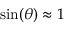
\sin ( \theta ) \approx 1